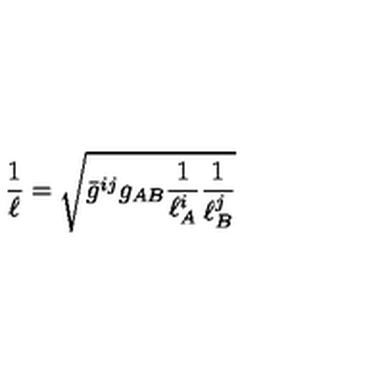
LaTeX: \frac { 1 } { \ell } = \sqrt { \bar { g } ^ { i j } g _ { A B } \frac { 1 } { \ell _ { A } ^ { i } } \frac { 1 } { \ell _ { B } ^ { j } } }